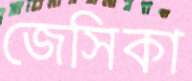
জেসিকা